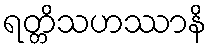
ရတ္တိသဟဿာနိ